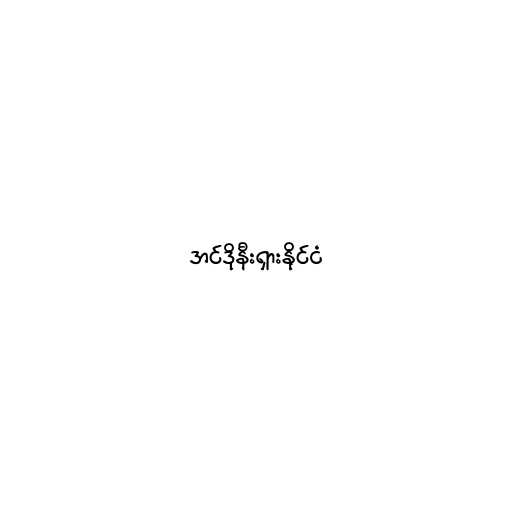
အင်ဒိုနီးရှားနိုင်ငံ